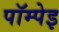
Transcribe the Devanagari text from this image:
पॉम्पेइ